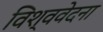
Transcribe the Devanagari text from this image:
विश्ववेदना